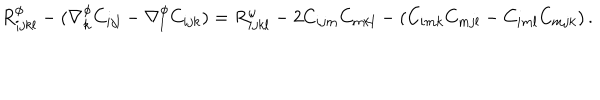
LaTeX: R _ { i j k l } ^ { \phi } - ( \nabla _ { k } ^ { \phi } C _ { i j l } - \nabla _ { l } ^ { \phi } C _ { i j k } ) = R _ { i j k l } ^ { \omega } - 2 C _ { i j m } C _ { m k l } - ( C _ { i m k } C _ { m j l } - C _ { i m l } C _ { m j k } ) \, .